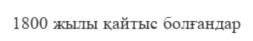
1800 жылы қайтыс болғандар